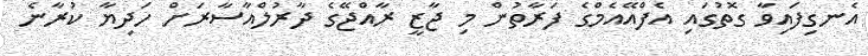
އެނގިފައިވާ ގޮތުގައި އެފްއޭއެމްގެ ފަރާތުން މި ޖާޒީ ރާއްޖޭގެ ދާރުލްއާސާރަށް ހަދިޔާ ކުރާނެ